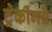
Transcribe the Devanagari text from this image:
ट्रेकींगचे